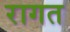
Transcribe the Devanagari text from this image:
रागत